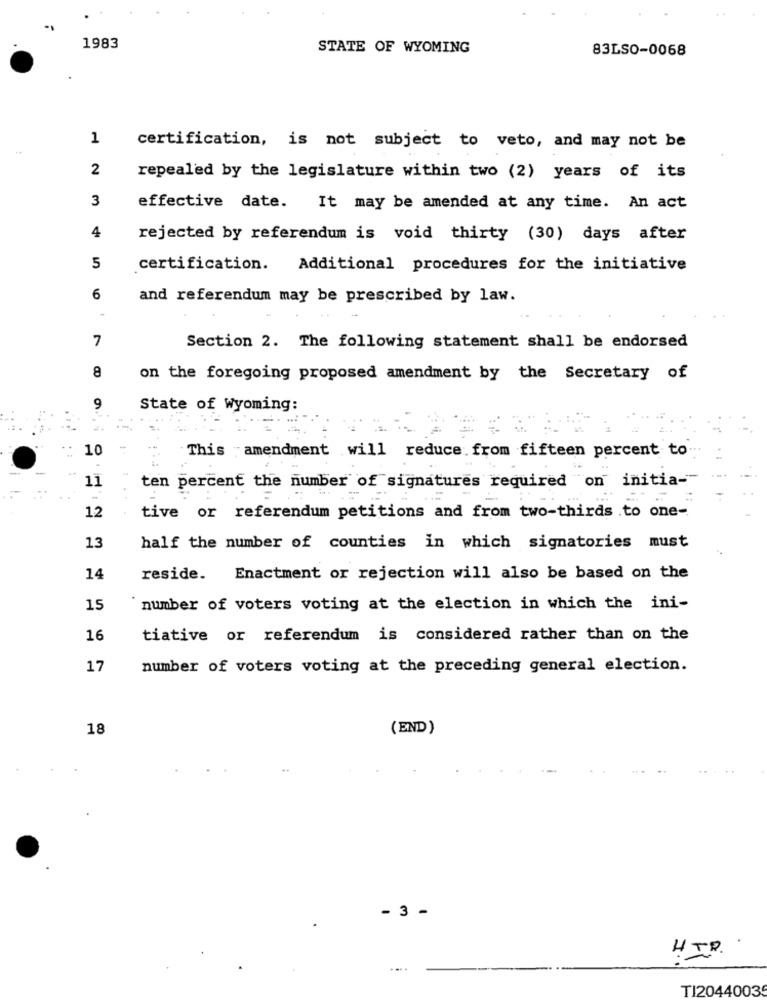
1983
STATE OF WYOMING
83LSO-0068
1
certification, is not subject to veto, and may not be
2
repealed by the legislature within two (2) years of its
3
effective date. It may be amended at any time. An act
4
rejected by referendum is void thirty (30) days after
5
certification. Additional procedures for the initiative
6
and referendum may be prescribed by law.
7
Section 2. The following statement shall be endorsed
8
on the foregoing proposed amendment by the Secretary of
9
State of Wyoming:
10
This -amendment will reduce.from fifteen percent to
11
ten percent the number of signatures required on initia-
12
tive or referendum petitions and from two-thirds .to one-
13
half the number of counties in which signatories must
14
reside. Enactment or rejection will also be based on the
15
number of voters voting at the election in which the ini-
16
tiative or referendum is considered rather than on the
17
number of voters voting at the preceding general election.
18
(END)
- 3 -
.
HIP.
TI2044003